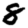
Digit: 8